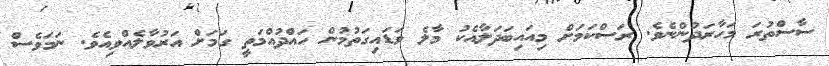
ސާސްތުރަ މަހާރަދުންނެވެ. ރަސްކަމަށް މިއައިބަދަލާއެކު މާލެ ވަޑައިގަތުމުން ހައްދުއްމަތީ ގަމަށް އަރުވާލެއްވިއެވެ. ނަމަވެސް